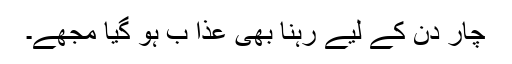
چار دن کے لیے رہنا بھی عذا ب ہو گیا مجھے۔